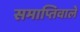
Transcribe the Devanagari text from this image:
समाप्तिवाले